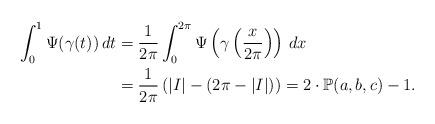
LaTeX: \begin{align*} \int_0^1 \Psi(\gamma(t)) \, dt & = \frac{1}{2\pi} \int_0^{2\pi} \Psi\left( \gamma\left(\frac{x}{2\pi}\right)\right) \, dx \\ & = \frac{1}{2\pi}\left(|I|-(2\pi-|I|) \right) = 2\cdot \mathbb{P}(a,b,c)-1.\end{align*}